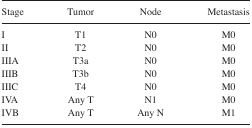
| Stage | Tumor | Node | Metastasis |
 | --- | --- | --- | --- |
 | I | T1 | N0 | M0 |
 | II | T2 | N0 | M0 |
 | IIIA | T3a | N0 | M0 |
 | IIIB | T3b | N0 | M0 |
 | IIIC | T4 | N0 | M0 |
 | IVA | Any T | N1 | M0 |
 | IVB | Any T | Any N | M1 |